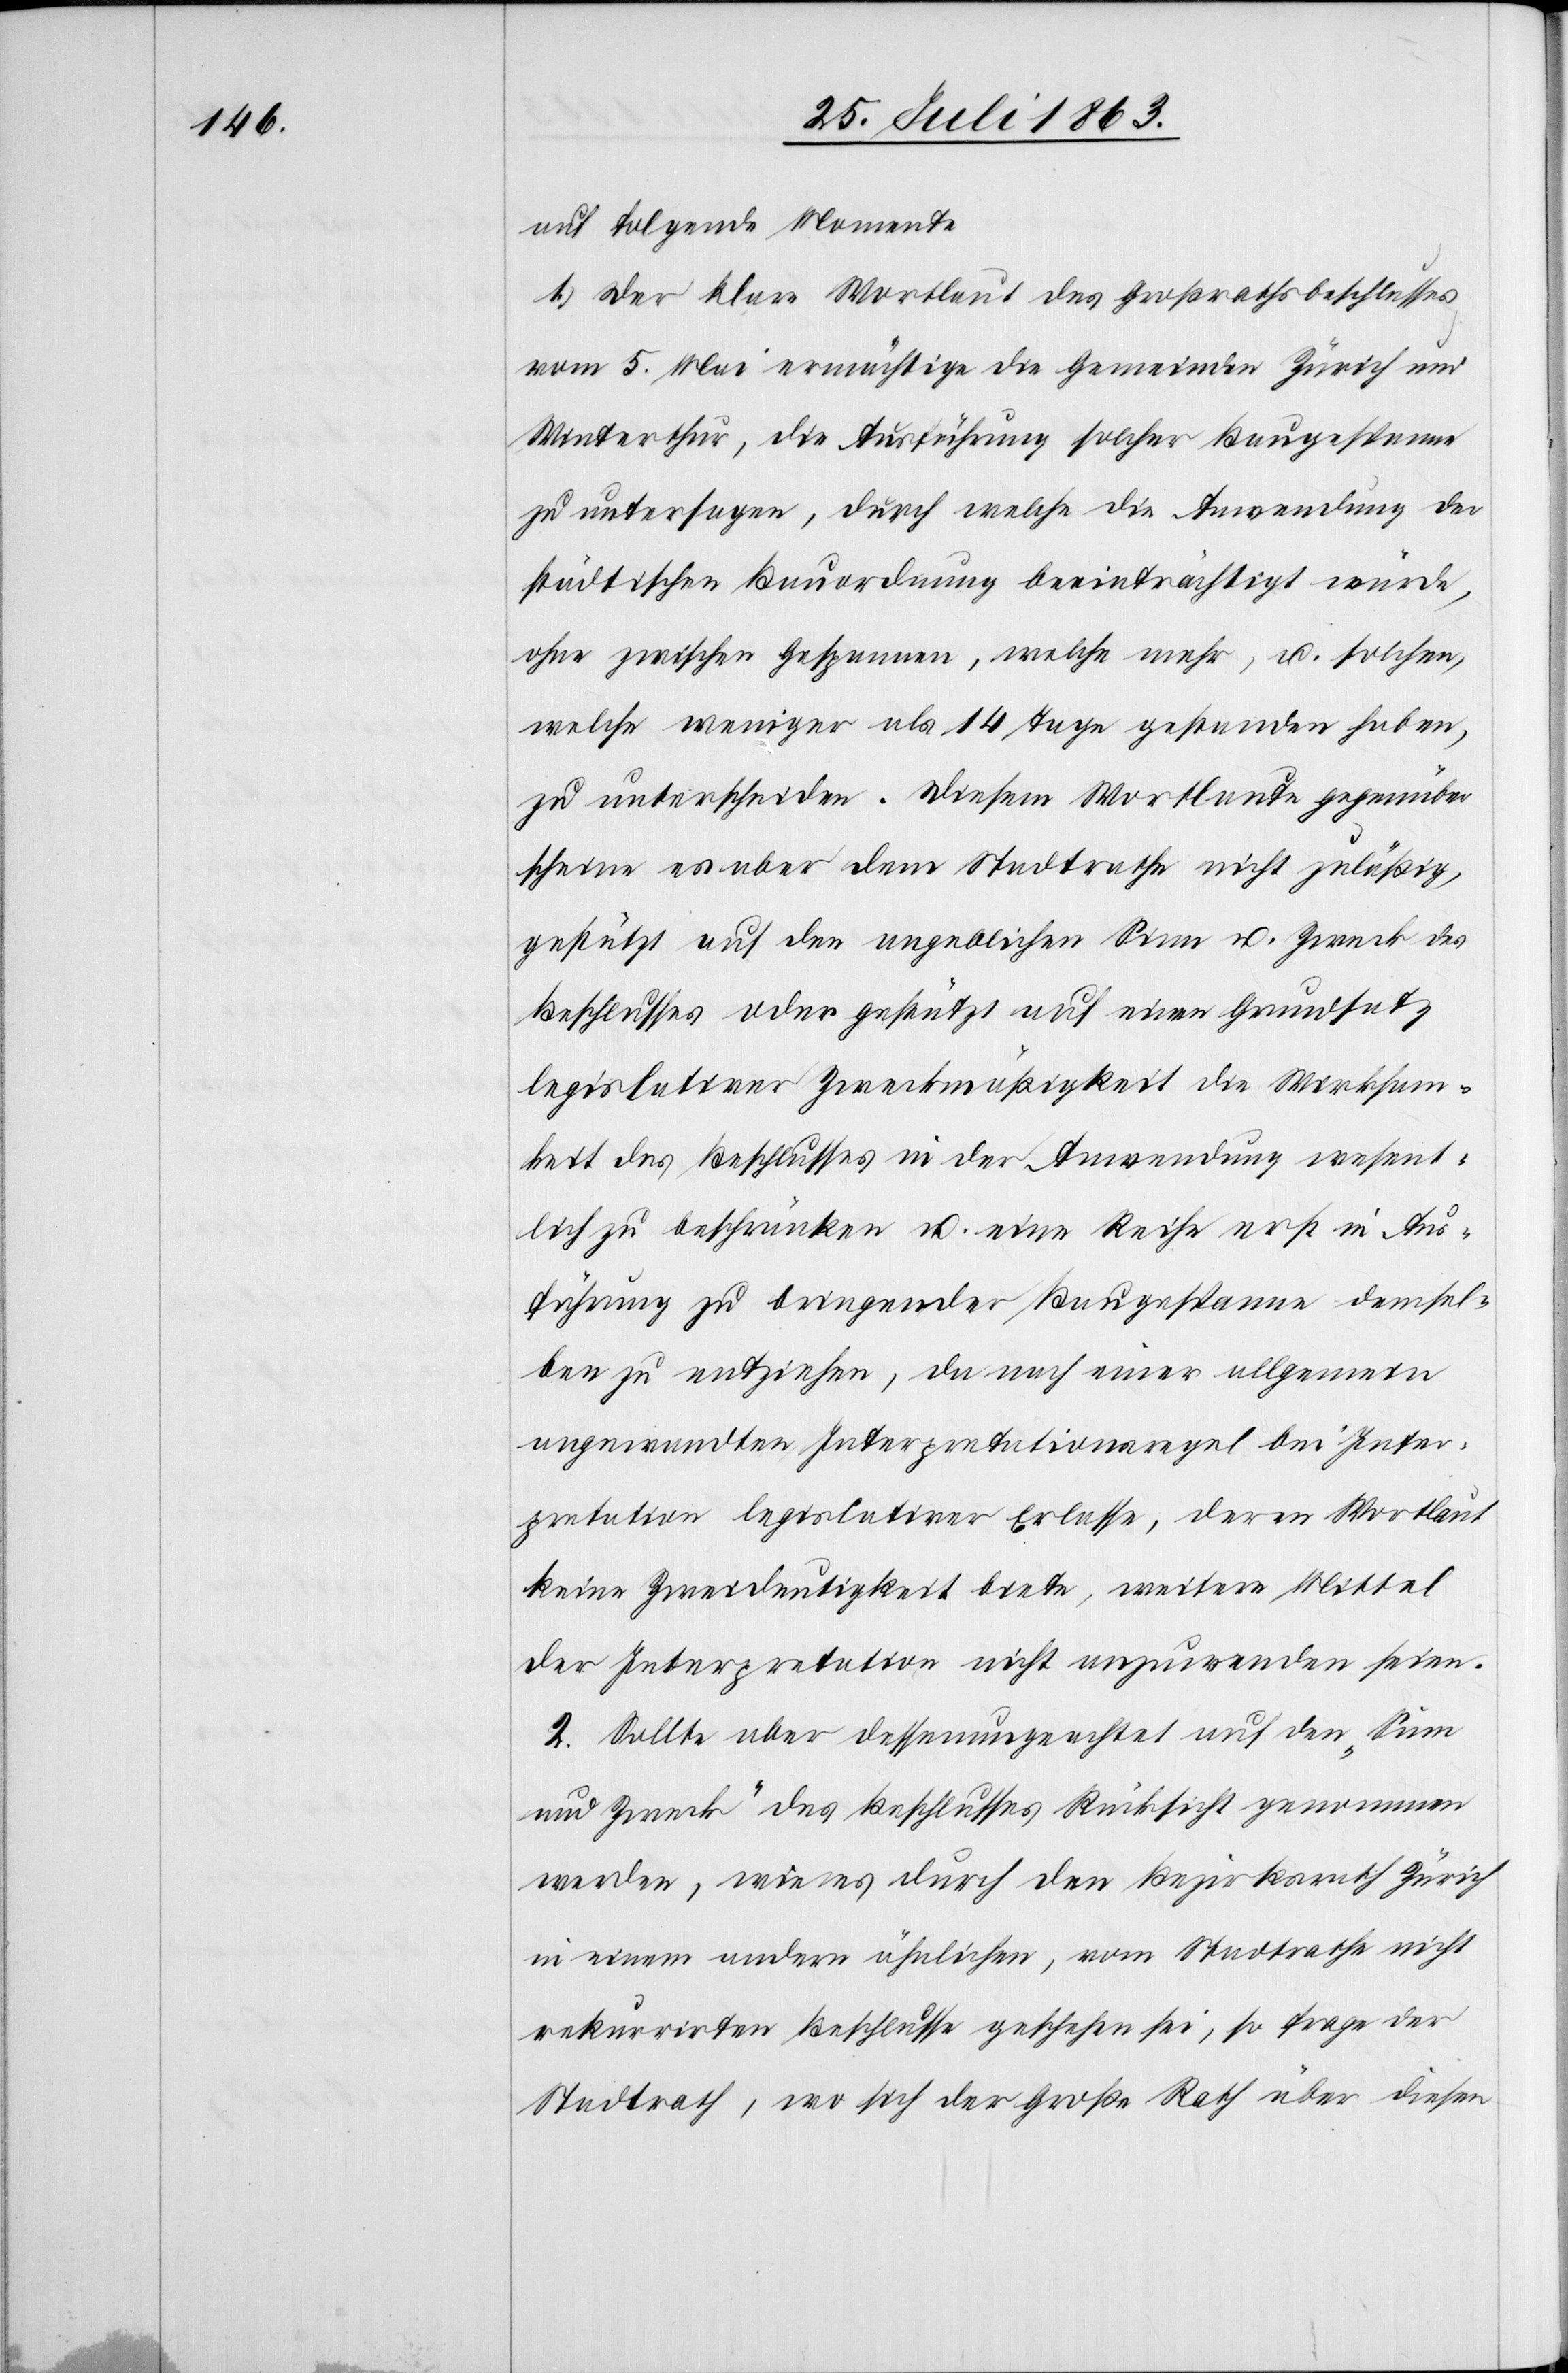
auf folgende Momente
1. Der klare Wortlaut des Großrathsbeschlusses
vom 5. Mai ermächtige die Gemeinden Zürich und
Winterthur, die Ausführung solcher Baugespanne
zu untersagen, durch welche die Anwendung der
städtischen Bauordnung beeinträchtigt würde,
ohne zwischen Gespannen, welche mehr, u. solchen,
welche weniger als 14 Tage gestanden haben,
zu unterscheiden. Diesem Wortlaute gegenüber
scheine es aber dem Stadtrathe nicht zuläßig,
gestützt auf den angeblichen Sinn u. Zweck des
Beschlusses oder gestützt auf einen Grundsatz
legislativer Zweckmäßigkeit die Wirksam¬
keit des Beschlusses in der Anwendung wesent¬
lich zu beschränken u. eine Reihe erst in Aus¬
führung zu bringender Baugespanne demsel¬
ben zu entziehen, da nach einer allgemein
angewandten Interpretationsregel bei Inter¬
pretation legislativer Erlasse, deren Wortlaut
keine Zweideutigkeit biete, weitere Mittel
der Interpretation nicht anzuwenden seien.
2. Sollte aber dessenungeachtet auf den „Sinn
und Zweck“ des Beschlusses Rücksicht genommen
werden, wie es durch den Bezirksrath Zürich
in einem andern ähnlichen, vom Stadtrathe nicht
rekurrirten Beschlusse geschehen sei, so frage der
Stadtrath, wo sich der Große Rath über diesen